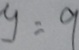
y = 9